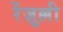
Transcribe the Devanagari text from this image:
रेंज़ुल्ली